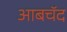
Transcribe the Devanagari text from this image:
आबचॅद